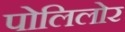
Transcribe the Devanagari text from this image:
पोलिलोर